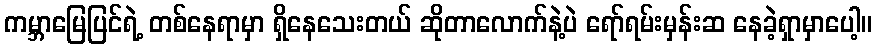
ကမ္ဘာမြေပြင်ရဲ့ တစ်နေရာမှာ ရှိနေသေးတယ် ဆိုတာလောက်နဲ့ပဲ ရော်ရမ်းမှန်းဆ နေခဲ့ရှာမှာပေါ့။